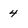
Character: 4